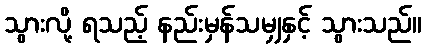
သွားလို့ ရသည့် နည်းမှန်သမျှနှင့် သွားသည်။